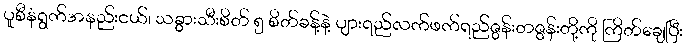
ပူစီနံရွက်အနည်းငယ်၊ သခွားသီးစိတ် ၅ စိတ်ခန့်နဲ့ ပျားရည်လက်ဖက်ရည်ဇွန်းတဇွန်းတို့ကို ကြိတ်ချေပြီး